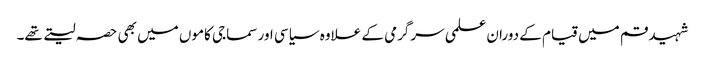
شہید قم میں قیام کے دوران علمی سرگرمی کے علاوہ سیاسی اور سماجی کاموں میں بھی حصہ لیتے تھے۔